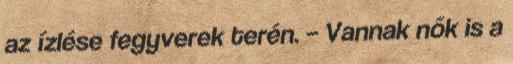
az ízlése fegyverek terén. – Vannak nők is a